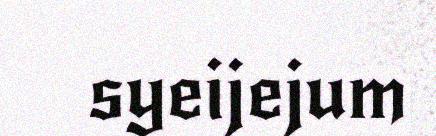
syeijejum